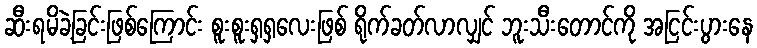
ဆီးရမိခဲ့ခြင်းဖြစ်ကြောင်း စူးစူးရှရှလေးဖြစ် ရိုက်ခတ်လာလျှင် ဘူးသီးတောင်ကို အငြင်းပွားနေ